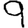
Digit: 9